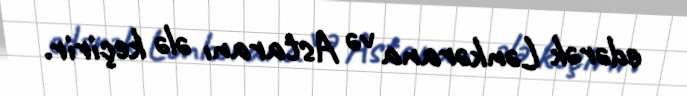
edərək Lənkərana və Astaranı ələ keçirir.